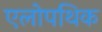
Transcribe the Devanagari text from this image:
एलोपथिक